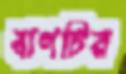
বাগচির